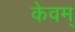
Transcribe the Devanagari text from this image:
केवम्